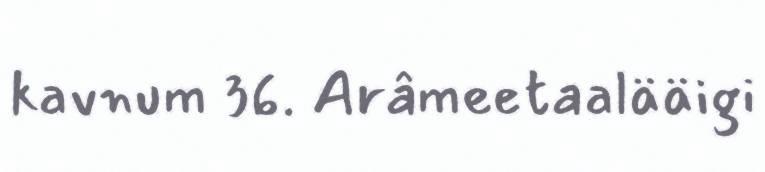
kavnum 36. Arâmeetaalääigi